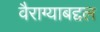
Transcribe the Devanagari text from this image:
वैराग्याबद्दल